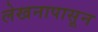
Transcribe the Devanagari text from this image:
लेखनापासून